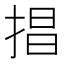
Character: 𢮵